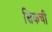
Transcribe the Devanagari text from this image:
सिकची